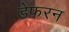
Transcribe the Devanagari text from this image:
डेफरन